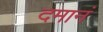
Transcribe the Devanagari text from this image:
दमानं